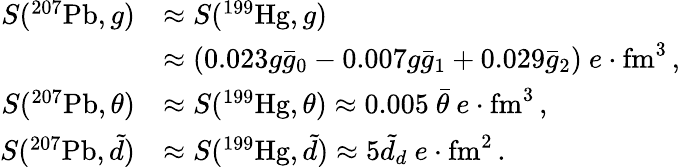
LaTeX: \begin{array}{rl}{S(^{207}\mathrm{Pb},g)}&{\approx S(^{199}\mathrm{Hg},g)}\\ &{\approx(0.023g\bar{g}_{0}-0.007g\bar{g}_{1}+0.029\bar{g}_{2})\ e\cdot\mathrm{fm}^{3}\, ,}\\ {S(^{207}\mathrm{Pb},\theta)}&{\approx S(^{199}\mathrm{Hg},\theta)\approx 0.005\ \bar{\theta}\ e\cdot\mathrm{fm}^{3}\, ,}\\ {S(^{207}\mathrm{Pb},\tilde{d})}&{\approx S(^{199}\mathrm{Hg},\tilde{d})\approx 5\tilde{d}_{d}\ e\cdot\mathrm{fm}^{2}\, .}\end{array}